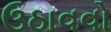
ઉઠાવવો